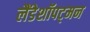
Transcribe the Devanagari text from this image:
लैंडेशॉपट्मन